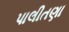
પાલીતણા